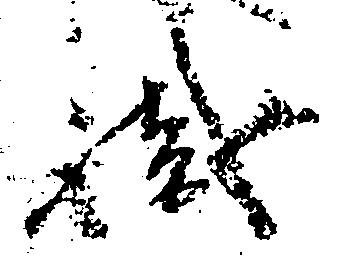
職